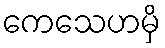
ကေသေဟမှိ